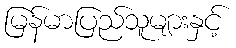
မြန်မာပြည်သူများနှင့်